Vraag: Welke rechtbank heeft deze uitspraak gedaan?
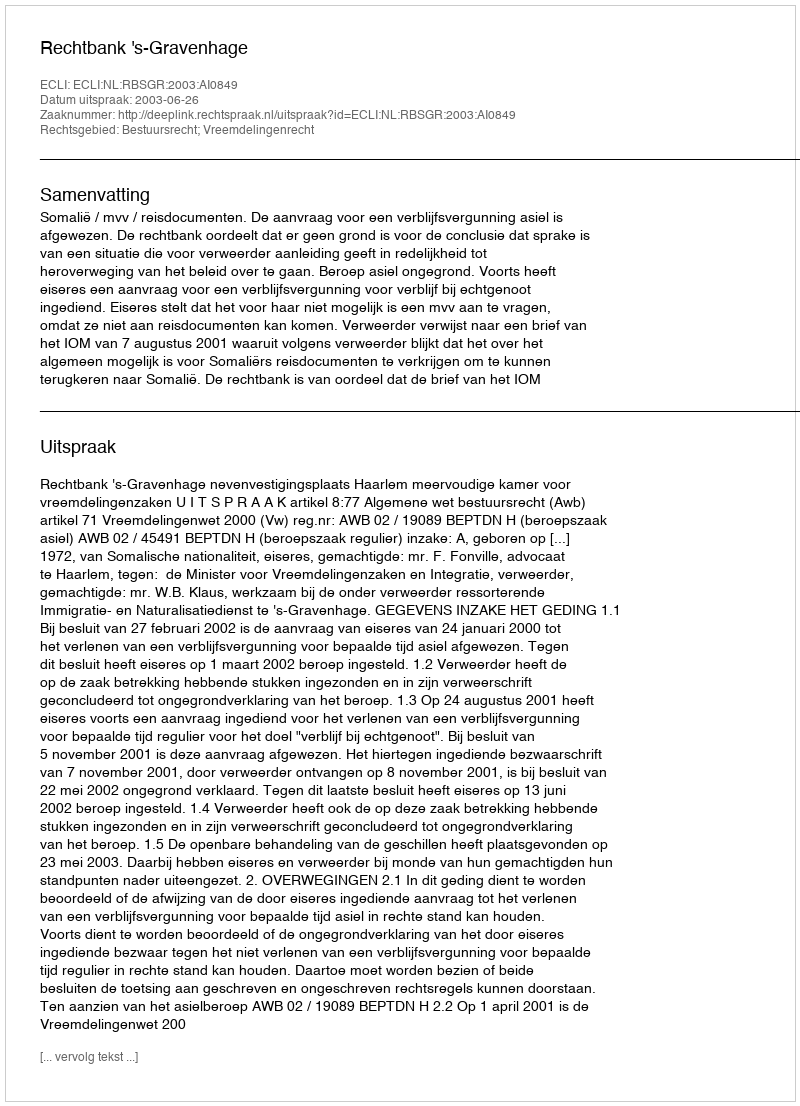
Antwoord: Rechtbank 's-Gravenhage